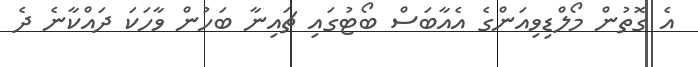
އެ ގޮތުން މޯލްޑިވިއަންގެ އެއާބަސް ބޯޓުގައި ޗައިނާ ބަހުން ވާހަކަ ދައްކާނެ ދެ